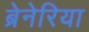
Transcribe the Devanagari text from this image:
ब्रेनेरिया